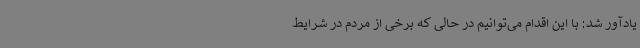
یادآور شد: با این اقدام می‌توانیم در حالی که برخی از مردم در شرایط